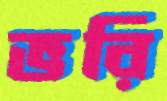
ভরি